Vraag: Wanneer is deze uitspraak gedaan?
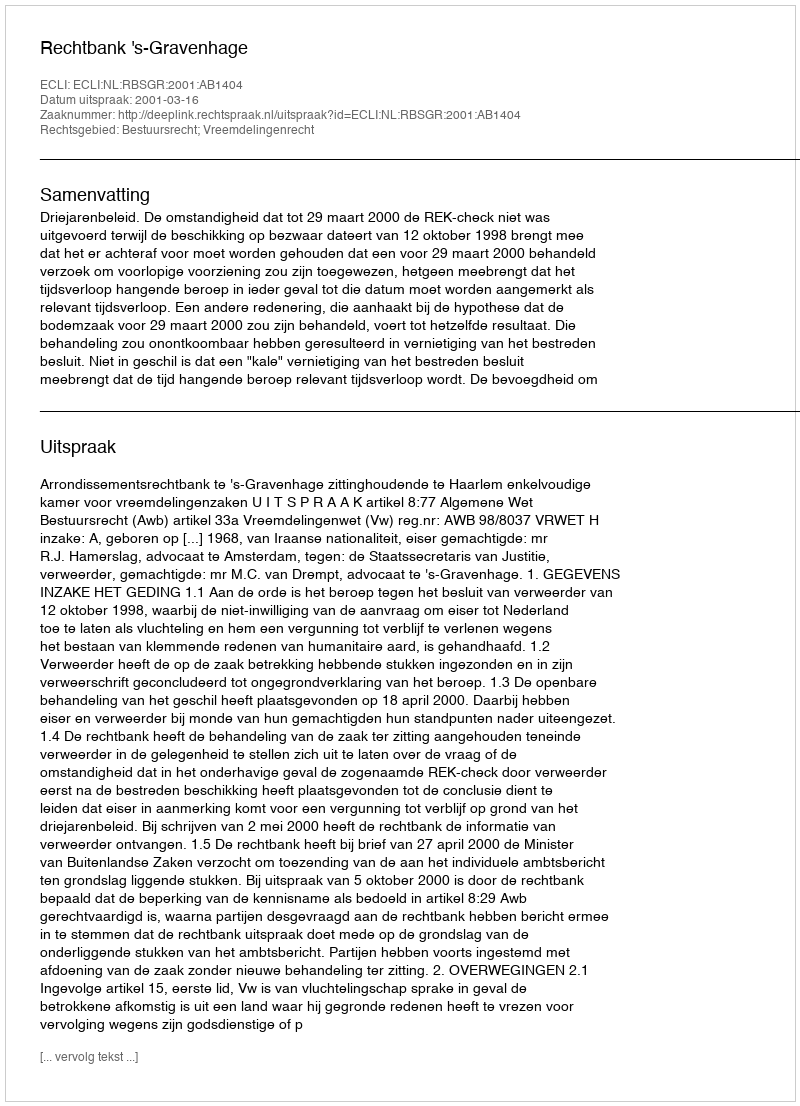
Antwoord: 2001-03-16